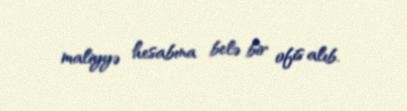
maliyyə hesabına belə bir ofis alıb.